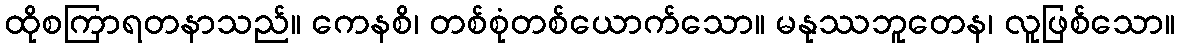
ထိုစကြာရတနာသည်။ ကေနစိ၊ တစ်စုံတစ်ယောက်သော။ မနုဿဘူတေန၊ လူဖြစ်သော။